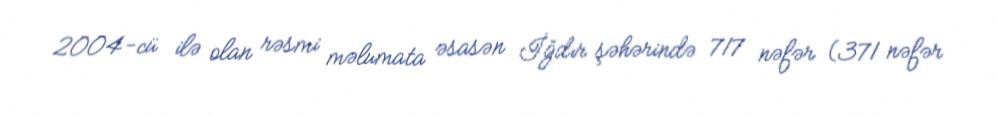
2004-cü ilə olan rəsmi məlumata əsasən İğdır şəhərində 717 nəfər (371 nəfər